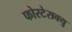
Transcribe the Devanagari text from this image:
फोरटेसक्यु